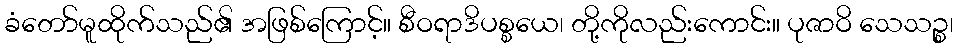
ခံတော်မူထိုက်သည်၏ အဖြစ်ကြောင့်။ စီဝရာဒိပစ္စယေ၊ တို့ကိုလည်းကောင်း။ ပုဇာဝိ သေသဉ္စ၊